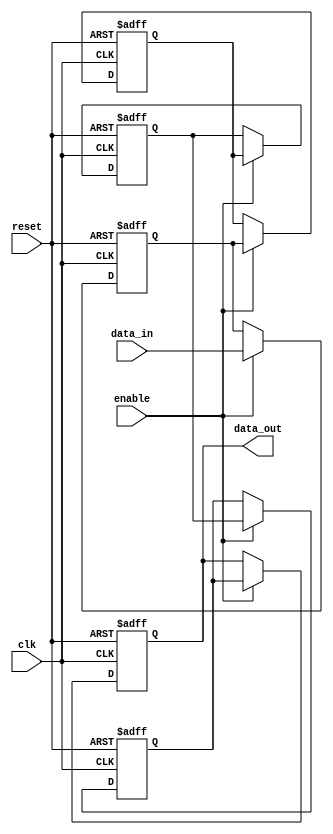
module pipeline_buffer #(
    parameter DEPTH = 4,  // number of pipeline stages
    parameter WIDTH = 8    // width of the data
)(
    input wire clk,               // Clock signal
    input wire reset,             // Reset signal
    input wire enable,            // Enable signal
    input wire [WIDTH-1:0] data_in, // Data input
    output reg [WIDTH-1:0] data_out  // Data output
);

    // Declare the registers for the pipeline stages
    reg [WIDTH-1:0] stages [0:DEPTH-1];

    integer i;

    // Sequential logic for the pipeline buffer
    always @(posedge clk or posedge reset) begin
        if (reset) begin
            // Clear all stages on reset
            for (i = 0; i < DEPTH; i = i + 1) begin
                stages[i] <= {WIDTH{1'b0}}; // Initialize to zero
            end
            data_out <= {WIDTH{1'b0}};   // Initialize output to zero
        end else if (enable) begin
            // Shift the data through the pipeline
            stages[0] <= data_in; // Load new data into the first stage
            for (i = 1; i < DEPTH; i = i + 1) begin
                stages[i] <= stages[i - 1]; // Shift data to the next stage
            end
            data_out <= stages[DEPTH - 1]; // Output from the last stage
        end
    end

endmodule